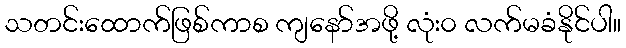
သတင်းထောက်ဖြစ်ကာစ ကျနော်အဖို့ လုံး၀ လက်မခံနိုင်ပါ။